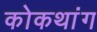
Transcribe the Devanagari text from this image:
कोकथांग